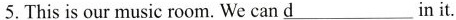
5.This is our music room. We can \underline{d} in it.